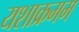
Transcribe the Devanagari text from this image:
यशाक्रमम